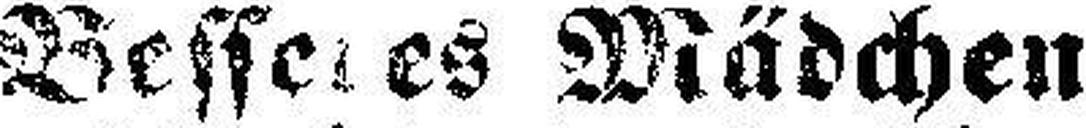
Besseres Mädchen